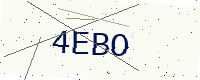
Text: 4EBO